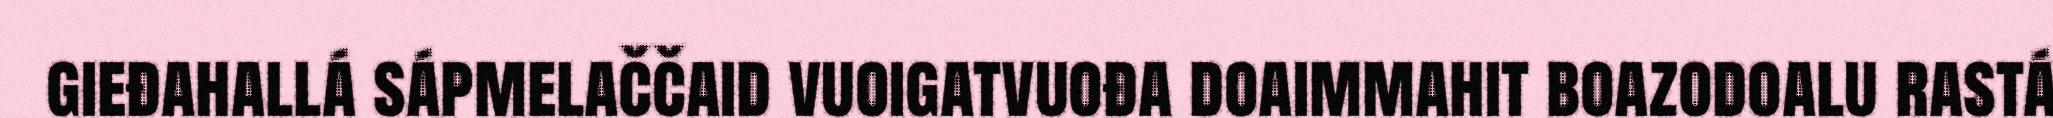
gieđahallá sápmelaččaid vuoigatvuođa doaimmahit boazodoalu rastá